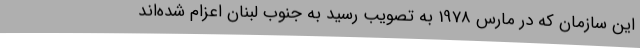
این سازمان که در مارس 1978 به تصویب رسید به جنوب لبنان اعزام شده‌اند